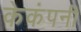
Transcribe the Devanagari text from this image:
केकंपनी